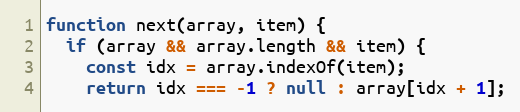
Language: JavaScript
function next(array, item) {
  if (array && array.length && item) {
    const idx = array.indexOf(item);
    return idx === -1 ? null : array[idx + 1];